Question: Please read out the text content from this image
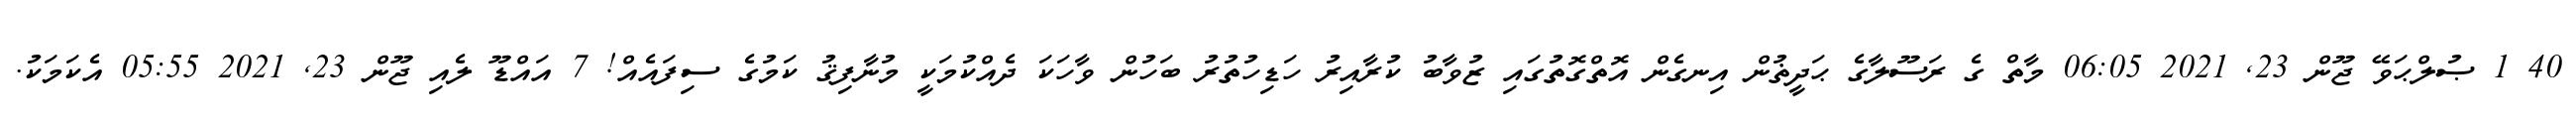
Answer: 40 1 ޞުލްޙަވޭ ޖޫން 23, 2021 06:05 މާތް ގެ ރަސޫލާގެ ޙަދީޡުން އިނގެން އޮތްގޮތުގައި ޒުވާބު ކުރާއިރު ހަޑިހުތުރު ބަހުން ވާހަކަ ދެއްކުމަކީ މުނާފިޤު ކަމުގެ ސިފައެއް! 7 އައްޑޫ ލެއި ޖޫން 23, 2021 05:55 އެކަމަކު.